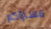
مساؤكم